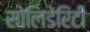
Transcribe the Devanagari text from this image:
सोलिडेरिटी